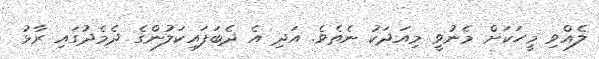
ލެއްވި މީހަކަށް މެނުވީ މިއަދަކު ނެތެވެ. އަދި އެ ދެބަފައިކަލުންގެ ދެމެދުގައި ރާޅު